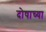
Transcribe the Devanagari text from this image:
दोषाच्या